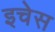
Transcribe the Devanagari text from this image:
इचेस